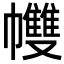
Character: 𢅻